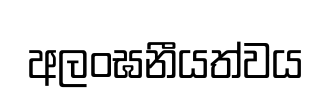
අලංඝනීයත්වය